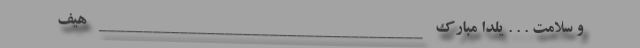
و سلامت . . . یلدا مبارک ____________________________________ هیف